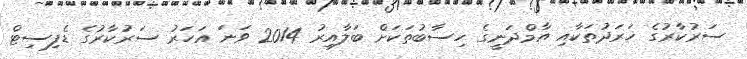
ސަރުކާރުގެ ޚަރަދުތަކާއި އާމްދަނީގެ ހިސާބުތަކަށް ބަލާއިރު 2014 ވަނަ އަހަރު ސަރުކާރުގެ ޑެފިސިޓް